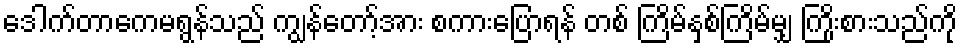
ဒေါက်တာကေမရွန်သည် ကျွန်တော့်အား စကားပြောရန် တစ် ကြိမ်နှစ်ကြိမ်မျှ ကြိုးစားသည်ကို